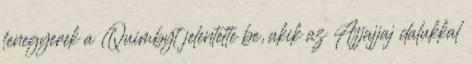
fenegyerek a Quimbyt jelentette be, akik az Ajjajjaj dalukkal